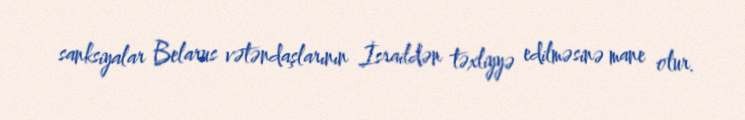
sanksiyalar Belarus vətəndaşlarının İsraildən təxliyyə edilməsinə mane olur.